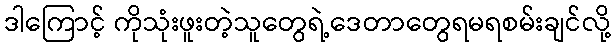
ဒါကြောင့် ကိုသုံးဖူးတဲ့သူတွေရဲ့ဒေတာတွေရမရစမ်းချင်လို့